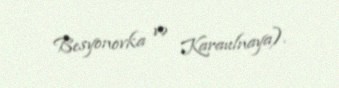
Besyonovka və Karaulnaya).